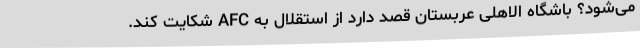
می‌شود؟ باشگاه الاهلی عربستان قصد دارد از استقلال به AFC شکایت کند.